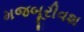
મજબૂરીવશ